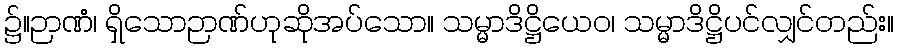
၌။ဉာဏံ၊ ရှိသောဉာဏ်ဟုဆိုအပ်သော။ သမ္မာဒိဋ္ဌိယေဝ၊ သမ္မာဒိဋ္ဌိပင်လျှင်တည်း။